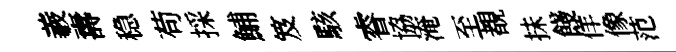
羲夀稳苟採鯆笈駭睿協淹至覩抺餞佯像范